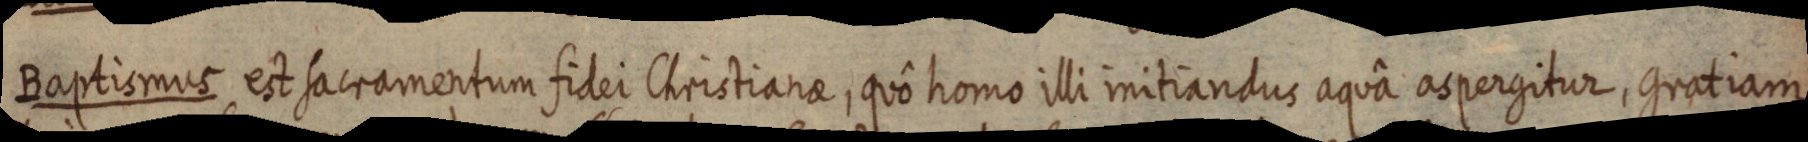
Baptismus, et sacramentum fidei Christianae, quô homo illi initiantus aquâ aspergitur, gratiam